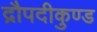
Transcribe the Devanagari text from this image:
द्रौपदीकुण्ड